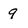
Character: 9